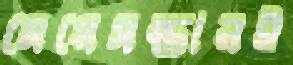
মেয়েসন্তানই